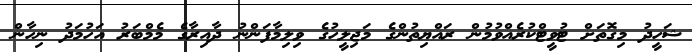
ޝަހީދު މިގޮތަށް ޓުވީޓްކުރެއްވުމުން ރައްޔިތުންގެ މަޖިލީހުގެ ވިލިމާފަންނު ދާއިރާގެ މެމްބަރު އަހުމަދު ނިހާން